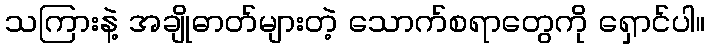
သကြားနဲ့ အချိုဓာတ်များတဲ့ သောက်စရာတွေကို ရှောင်ပါ။